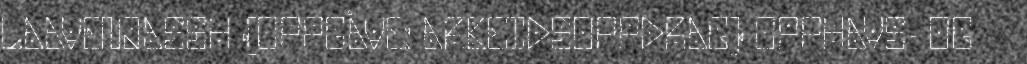
LAAVENJASSH (OPPGÅVE: ARBEIDSOPPDRAG) OPPHAVS- OG